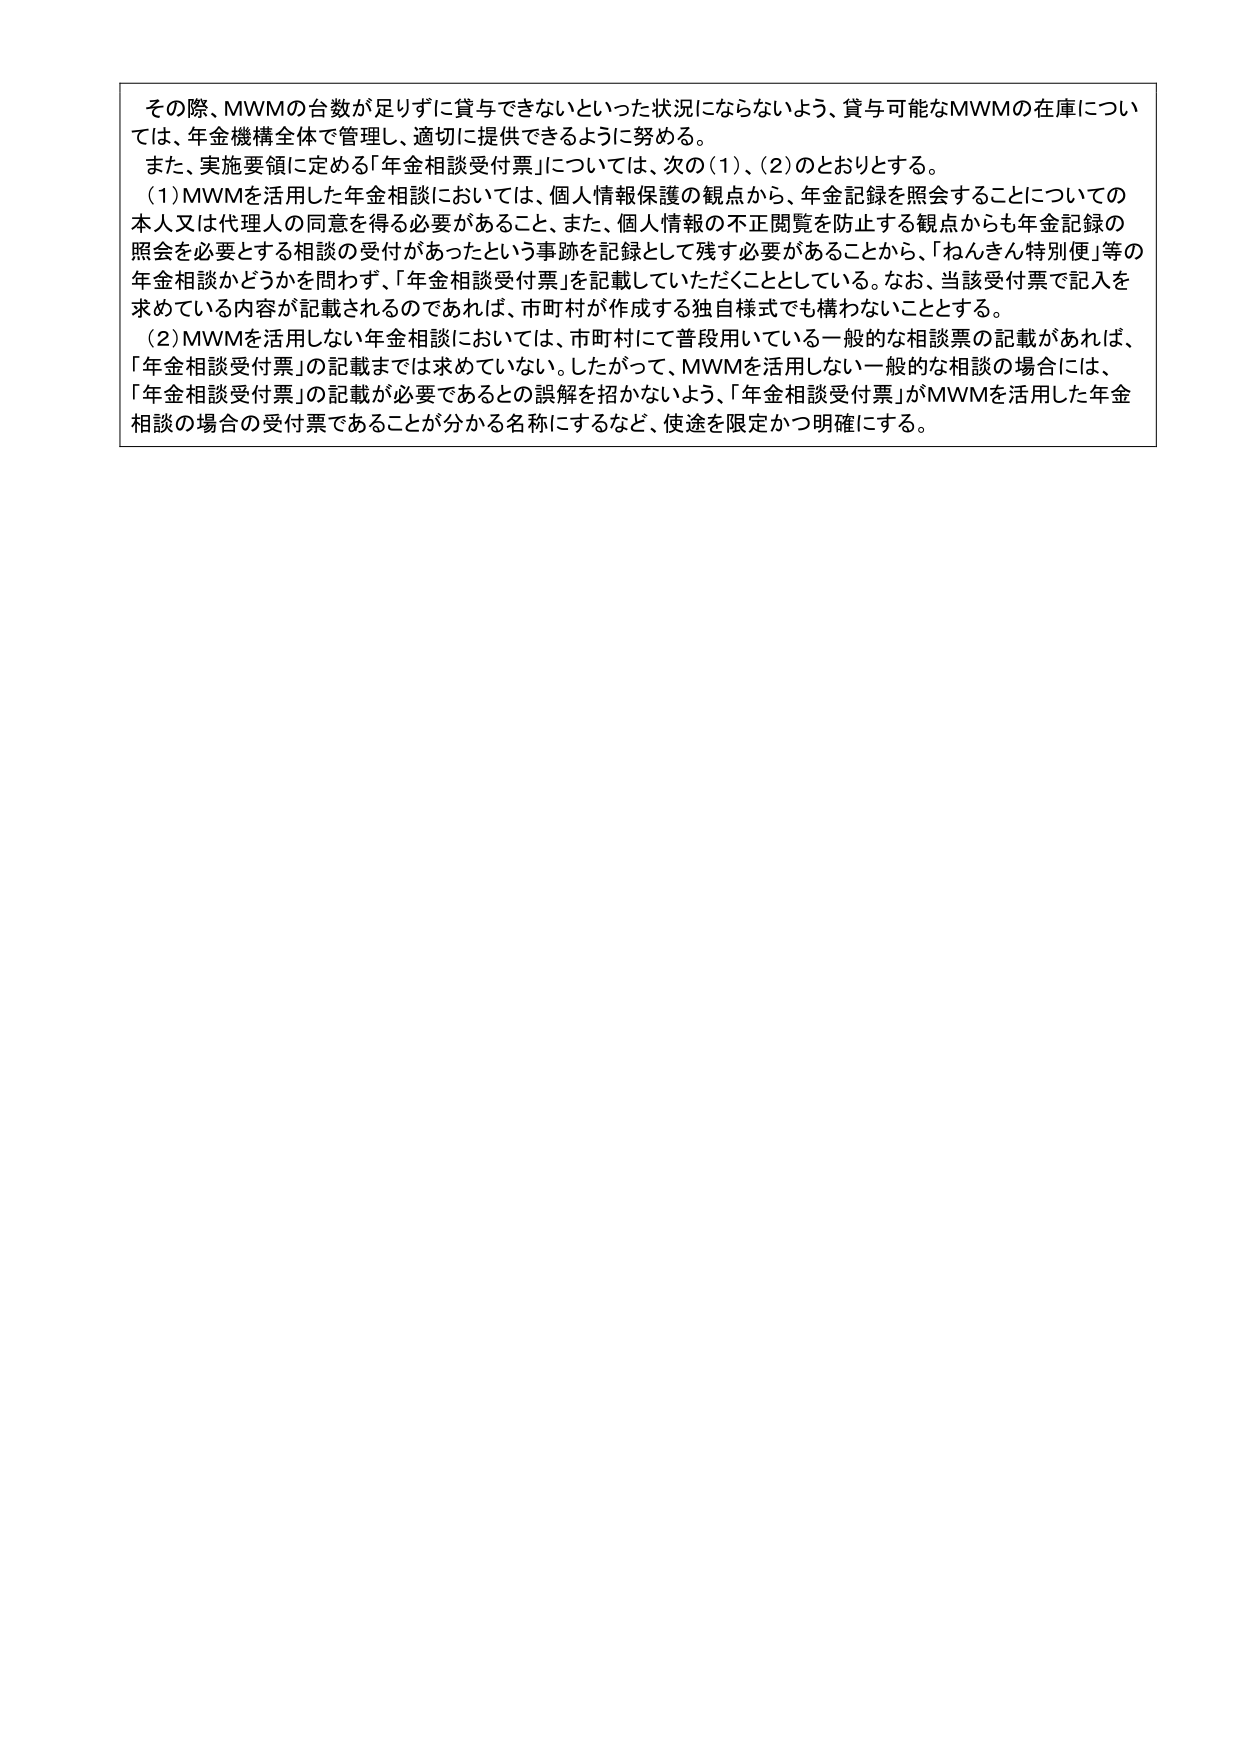
その際、MWMの台数が足りずに貸与できないといった状況にならないよう、貸与可能なMWMの在庫については、年金機構全体で管理し、適切に提供できるように努める。
また、実施要領に定める「年金相談受付票」については、次の（1）、（2）のとおりとする。
（1）MWMを活用した年金相談においては、個人情報保護の観点から、年金記録を照会することについての本人又は代理人の同意を得る必要があること、また、個人情報の不正閲覧を防止する観点からも年金記録の照会を必要とする相談の受付があったという事跡を記録として残す必要があることから、「ねんきん特別便」等の年金相談かどうかを問わず、「年金相談受付票」を記載していただくこととしている。なお、当該受付票で記入を求めている内容が記載されるのであれば、市町村が作成する独自様式でも構わないこととする。
（2）MWMを活用しない年金相談においては、市町村にて普段用いている一般的な相談票の記載があれば、「年金相談受付票」の記載までは求めていない。したがって、MWMを活用しない一般的な相談の場合には、「年金相談受付票」の記載が必要であるとの誤解を招かないよう、「年金相談受付票」がMWMを活用した年金相談の場合の受付票であることが分かる名称にするなど、使途を限定かつ明確にする。